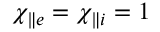
\chi _ { \parallel e } = \chi _ { \parallel i } = 1